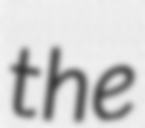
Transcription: the